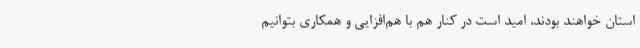
استان خواهند بودند، امید است در کنار هم با هم‌افزایی و همکاری بتوانیم